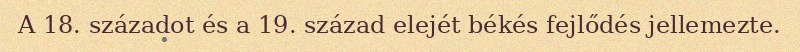
A 18. századot és a 19. század elejét békés fejlődés jellemezte.